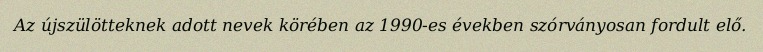
Az újszülötteknek adott nevek körében az 1990-es években szórványosan fordult elő.